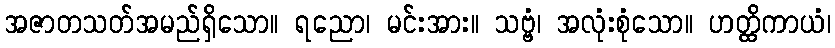
အဇာတသတ်အမည်ရှိသော။ ရညော၊ မင်းအား။ သဗ္ဗံ၊ အလုံးစုံသော။ ဟတ္ထိကာယံ၊